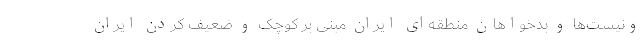
ونیست‌ها و بدخواهان منطقه‌ای ایران مبنی بر کوچک و ضعیف کردن ایران